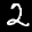
Label: 2